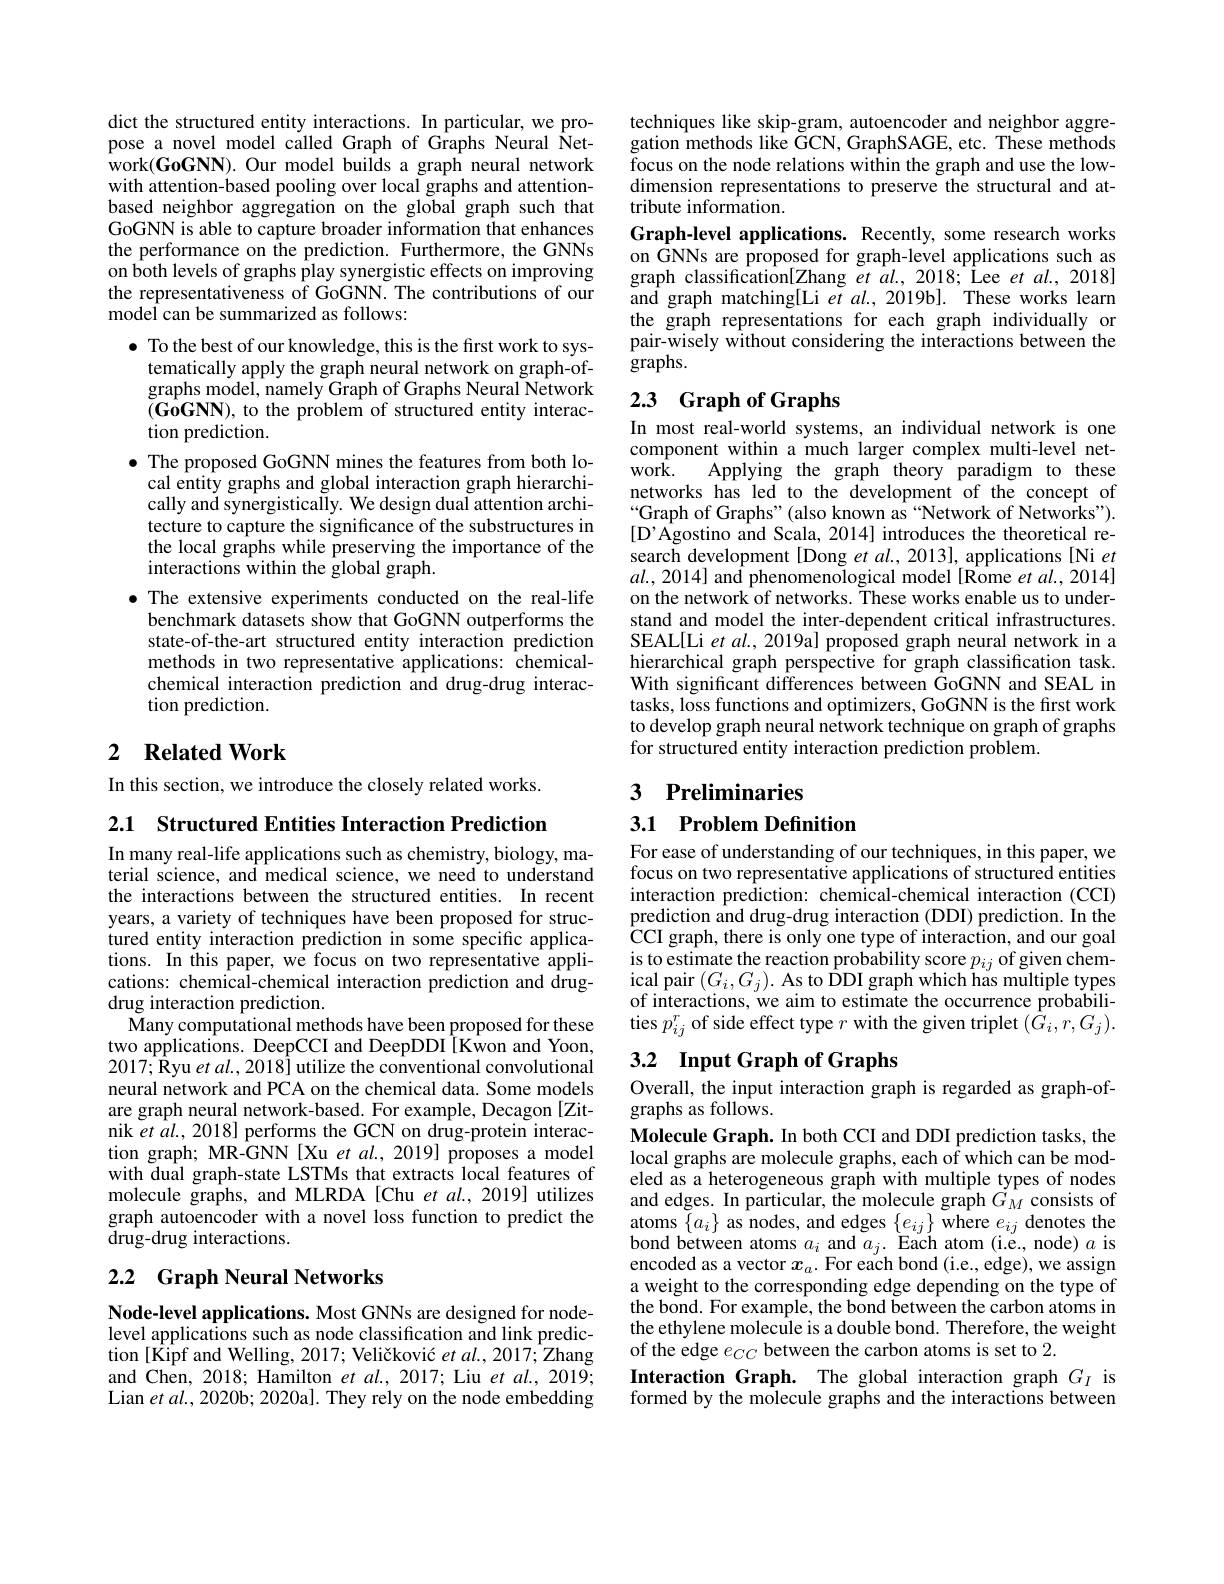
dict the structured entity interactions. In particular, we propose a novel model called Graph of Graphs Neural Network(GoGNN). Our model builds a graph neural network with attention-based pooling over local graphs and attentionbased neighbor aggregation on the global graph such that GoGNN is able to capture broader information that enhances the performance on the prediction. Furthermore, the GNNs on both levels of graphs play synergistic effects on improving the representativeness of GoGNN. The contributions of our model can be summarized as follows:

$\bullet$ To the best of our knowledge, this is the first work to systematically apply the graph neural network on graph-ofgraphs model, namely Graph of Graphs Neural Network $(\mathbf{GoGNN})$, to the problem of structured entity interaction prediction.
$\bullet$ The proposed GoGNN mines the features from both lo-
cal entity graphs and global interaction graph hierarchically and synergistically. We design dual attention architecture to capture the significance of the substructures in the local graphs while preserving the importance of the interactions within the global graph.
$\bullet$ The extensive experiments conducted on the real-life
benchmark datasets show that GoGNN outperforms the state-of-the-art structured entity interaction prediction methods in two representative applications: chemicalchemical interaction prediction and drug-drug interaction prediction.

## 2 $\textbf{Related Work}$

In this section, we introduce the closely related works.

2.1 Structured Entities Interaction Prediction

In many real-life applications such as chemistry, biology, material science, and medical science, we need to understand the interactions between the structured entities. In recent years, a variety of techniques have been proposed for structured entity interaction prediction in some specific applications. In this paper, we focus on two representative applications: chemical-chemical interaction prediction and drugdrug interaction prediction.
$\tilde{\text{Many computational methods have been proposed for these}}$ two applications. DeepCCI and DeepDDI[Kwon and Yoon, 2017;Ryu et al., 2018] utilize the conventional convolutional neural network and PCA on the chemical data. Some models are graph neural network-based. For example, Decagon [Zitnik et al., 2018] performs the GCN on drug-protein interaction graph; MR-GNN[Xu et al., 2019] proposes a model with dual graph-state LSTMs that extracts local features of molecule graphs, and MLRDA [Chu et al., 2019] utilizes graph autoencoder with a novel loss function to predict the $\tilde{\mathrm{drug-drug~interactions.}}$

## 2.2 Graph Neural Networks

Node-level applications. Most GNNs are designed for nodelevel applications such as node classification and link prediction [Kipf and Welling, 2017; Veličković $etal.,2017;$Zhang and Chen, 2018; Hamilton et al., 2017; Liu et al., 2019; Lian $etal.,2020$b; 2020a]. They rely on the node embedding

techniques like skip-gram, autoencoder and neighbor aggregation methods like GCN, GraphSAGE, etc. These methods focus on the node relations within the graph and use the lowdimension representations to preserve the structural and attribute information.
Graph-level applications. Recently, some research works on GNNs are proposed for graph-level applications such as graph classification[Zhang et $al.,2018;$ Lee et $al.,2018]$ and graph matching[Li et al., 2019b]. These works learn the graph representations for each graph individually or pair-wisely without considering the interactions between the $\bar{\mathrm{graphs.}}$

## 2.3 Graph of Graphs

In most real-world systems, an individual network is one component within a much larger complex multi-level network.
Applying the graph theory paradigm to these
networks has led to the development of the concept of “Graph of Graphs" (also known as“Network of Networks”). [D'Agostino and Scala, 2014] introduces the theoretical research development [Dong et al., 2013], applications [Ni et $al.,2014]$ and phenomenological model[Rome et al., 2014] on the network of networks. These works enable us to understand and model the inter-dependent critical infrastructures. SEAL[Li et al., 2019a] proposed graph neural network in a hierarchical graph perspective for graph classification task. With significant differences between GoGNN and SEAL in tasks, loss functions and optimizers, GoGNN is the first work to develop graph neural network technique on graph of graphs for structured entity interaction prediction problem.

# 3 Preliminaries

3.1 Problem Definition

For ease of understanding of our techniques, in this paper, we focus on two representative applications of structured entities interaction prediction: chemical-chemical interaction (CCI) prediction and drug-drug interaction (DDI) prediction. In the $\hat{\mathrm{CCI~graph,~there~is~only~one~type~of~interaction,~and~our~goal}}$ $\begin{array}{l}\text{is to estimate the reaction probability score }p_{ij}\text{ of given chem-}\\\text{ical pair }(G_{i},G_{j}).\text{ As to DDI graph which has multiple types}\\\text{of interactions, we aim to estimate the occurrence probabili-}\end{array}$ ties $p_{ij}^{r}$ of side effect type $r$ with the given triplet $(\bar G_i,r,G_j).$

# 3.2 Input Graph of Graphs

Overall, the input interaction graph is regarded as graph-of-
graphs as follows.

Molecule Graph. In both CCI and DDI prediction tasks, the $\bar{\text{local graphs are molecule graphs, each of which can be mod-}}$ eled as a heterogeneous graph with multiple types of nodes and edges. In particular, the molecule graph $G_M$ consists of atoms $\{a_{i}\}$ as nodes, and edges $\{e_{ij}\}$ where $e_ij$ denotes the bond between atoms $a_i$ and $a_j.$ Each atom (i.e, node) $a$ is encoded as a vector $x_a.$ For each bond (i.e., edge), we assign a weight to the corresponding edge depending on the type of the bond. For example, the bond between the carbon atoms in the ethylene molecule is a double bond. Therefore, the weight of the edge $e_CC$ between the carbon atoms is set to 2.
Interaction Graph. The global interaction graph $G_I$ is formed by the molecule graphs and the interactions between